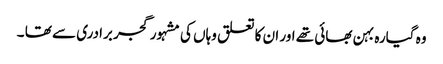
وہ گیارہ بہن بھائی تھے اور ان کا تعلق وہاں کی مشہور گجر برادری سے تھا ۔